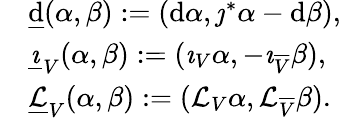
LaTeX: \begin{array}{rl}&{\underline{{\mathrm{d}}}(\alpha,\beta):=(\mathrm{d}\alpha,\jmath^{*}\alpha-\mathrm{d}\beta),}\\ &{\underline{{\imath}}_{V}(\alpha,\beta):=(\imath_{V}\alpha,-\imath_{\overline{{V}}}\beta),}\\ &{\underline{{\mathcal{L}}}_{V}(\alpha,\beta):=(\mathcal{L}_{V}\alpha,\mathcal{L}_{\overline{{V}}}\beta).}\end{array}